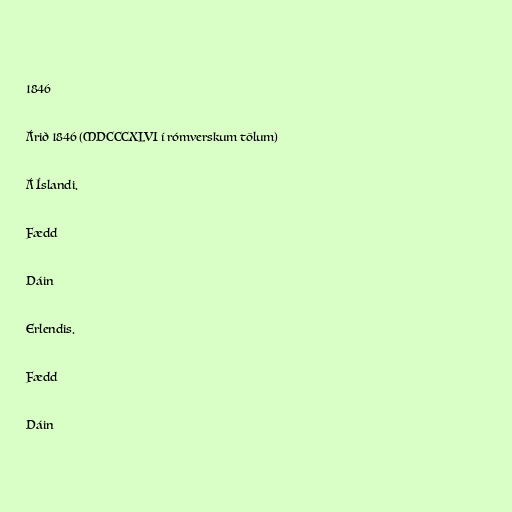
1846

Árið 1846 (MDCCCXLVI í rómverskum tölum)

Á Íslandi.

Fædd

Dáin

Erlendis.

Fædd

Dáin